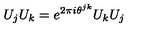
U _ { j } U _ { k } = e ^ { 2 \pi i \theta ^ { j k } } U _ { k } U _ { j }